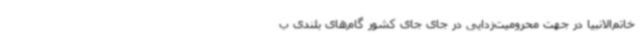
خاتم‌الانبیا در جهت محرومیت‌زدایی در جای جای کشور گام‌های بلندی ب